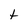
Character: t